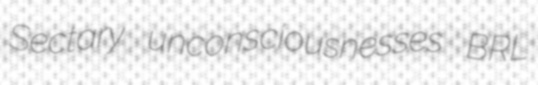
Sectary unconsciousnesses BRL